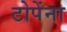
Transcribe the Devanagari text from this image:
टोपेंना